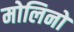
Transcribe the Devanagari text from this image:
मोलिनो